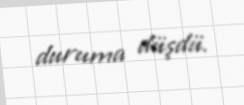
duruma düşdü.